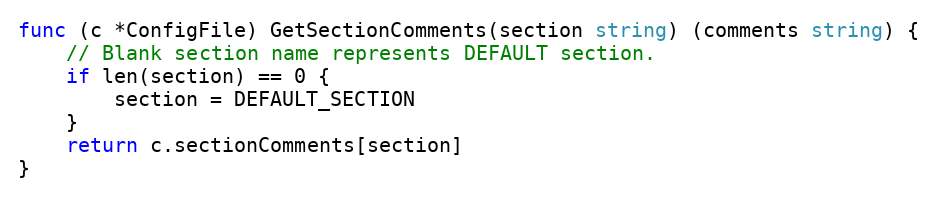
Language: Go
func (c *ConfigFile) GetSectionComments(section string) (comments string) {
	// Blank section name represents DEFAULT section.
	if len(section) == 0 {
		section = DEFAULT_SECTION
	}
	return c.sectionComments[section]
}